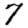
Digit: 7